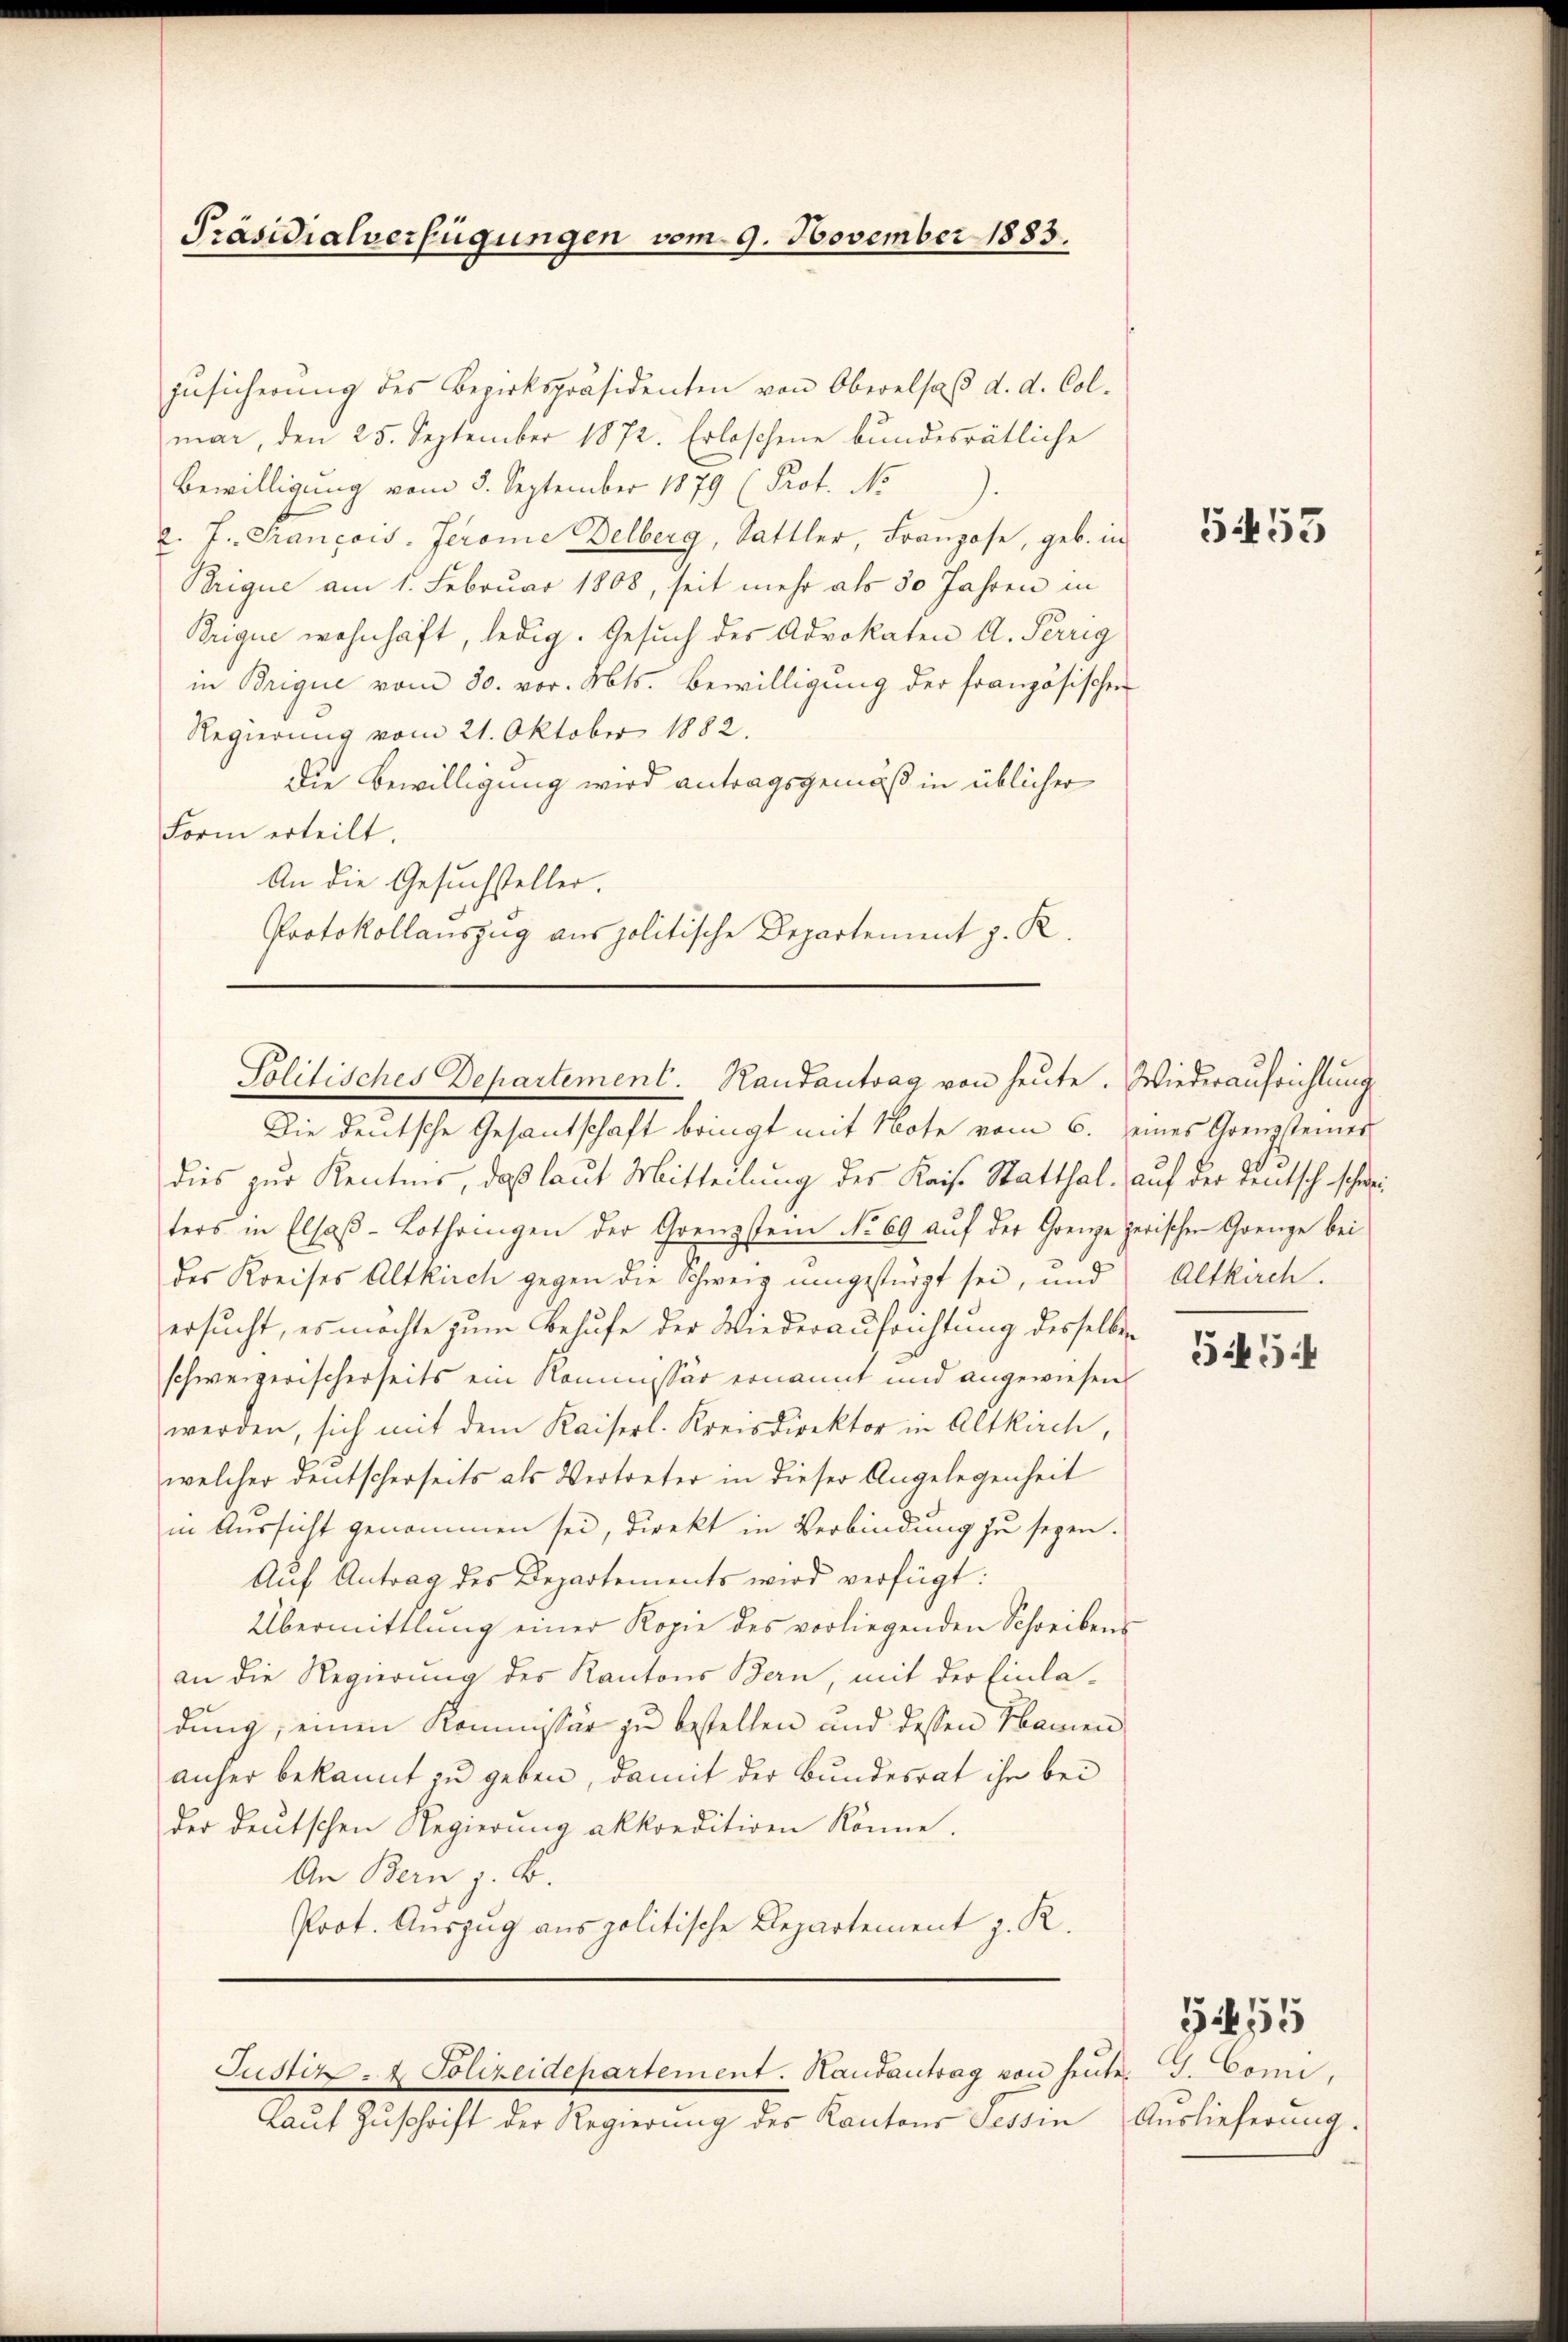
Präsidialverfügungen vom 9. November 1883.

zusicherung des Bezirkspräsidenten von Oberalsaß d. d. Colmar, den 25. September 1872. Erloschene bundesrätliche
Bewilligung vom 5. September 1879 (Prof. No.
d. J. Trancois-Jerome Delberg, Sattler, Franzose, geb. in
Brique am 1. Februar 1808, seit mehr als 30 Jahren in
Brique wohnhaft, ledig. Gesuch des Advokaten A. Terrig
in Brique vom 30. vor. Mts. Bewilligung der französischen
Regierung vom 21. Oktober 1882.
die Bewilligung wird antragsgemäß in üblicher
Form erteilt.
An die Gesuchsteller.
Protokollauszug aus politische Departement z. R.
Die deutsche Gesantschaft bringt mit Note vom 6. eines Grenzsteiner
dies zur Kenntnis, daß laut Mitteilung des Kais. Statthal. auf der Teutsch schweiters in Elsaβ-Lothringen der Grenzstein No 69 auf der Grenze zerischen Grenze bei
des Kreises Altkirch gegen die Schweiz umgestürzt sei, und Altkirch.
ersucht, es möchte zum Behufe der Wiederaufrichtung desselben
schweizerischerseits ein Kommissär ernannt und angewiesen.
werden, sich mit dem Kaiserl. Kreisdirektor in Altkirch,
welcher deutscherseits als Vertreter in dieser Angelegenheit
in Aussicht genommen sei, direkt in Verbindung zu seyen.
Auf Antrag des Departements wird verfügt:
Übermittlung einer Kopie des vorliegenden Schreibens
an die Regierung des Kantons Bern, mit der Einladung, einen Kommissär zu bestellen und dessen Namen
anher bekannt zu geben, damit der Bundesrat ihr bei
der deutschen Regierung akkonditiven könne.
An Bern, z. B.
Prot. Auszug aus politische Departement z. R.

Politisches Departement. Randantrag von heute. Wiederaufrichtung

Justiz- & Polizeidepartement. Handantrag von heute.

Lauf Zuschrift der Regierung des Kantons Tessin

5455

554

G. Comi,
Auslieferung.

555